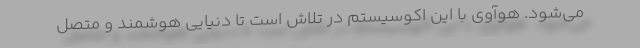
می‌شود. هوآوی با این اکوسیستم در تلاش است تا دنیایی هوشمند و متصل